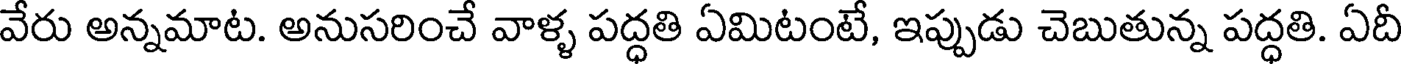
వేరు అన్నమాట. అనుసరించే వాళ్ళ పద్ధతి ఏమిటంటే, ఇప్పుడు చెబుతున్న పద్ధతి. ఏదీ